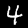
Digit: 4